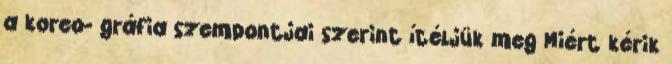
a koreo- gráfia szempontjai szerint ítéljük meg Miért kérik